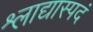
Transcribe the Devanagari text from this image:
श्लाद्यास्पदं